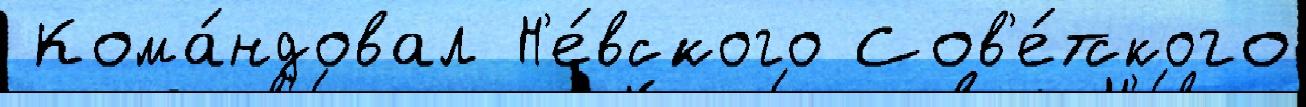
 Кома́ндовал Н'е́вского Сов'е́тского